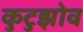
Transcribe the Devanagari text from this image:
कुटुझोव